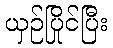
ယှဉ်ပြိုင်ပြီး